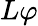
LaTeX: L\varphi